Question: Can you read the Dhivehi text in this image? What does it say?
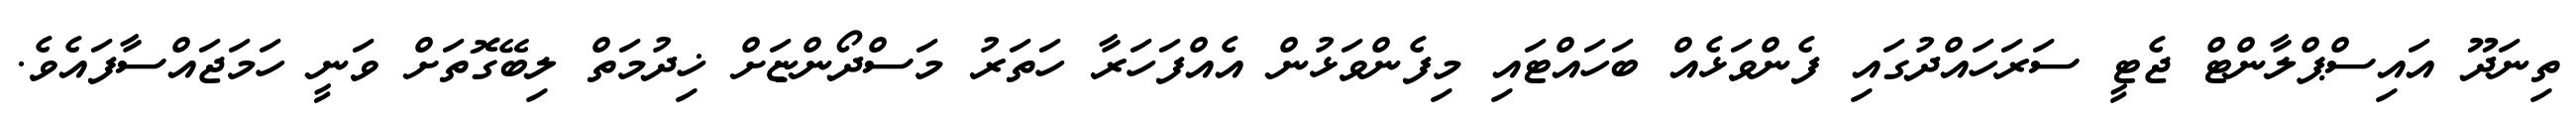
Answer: ތިނަދޫ އައިސްޕްލާންޓް ޖެޓީ ސަރަހައްދުގައި ފެންވަޅެއް ބަހައްޓައި މިފެންވަޅުން އެއްފަހަރާ ހަތަރު މަސްދޯންޏަށް ޚިދުމަތް ލިބޭގޮތަށް ވަނީ ހަމަޖައްސާފައެވެ.